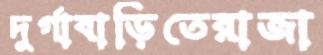
দুর্গাবাড়িতেরাজা